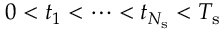
0 < t _ { 1 } < \cdots < t _ { N _ { \mathrm { s } } } < T _ { \mathrm { s } }